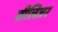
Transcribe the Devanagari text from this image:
वीलिजर